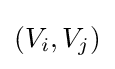
(V_{i},V_{j})